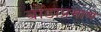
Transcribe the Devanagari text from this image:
बोंडाप्रमाणे